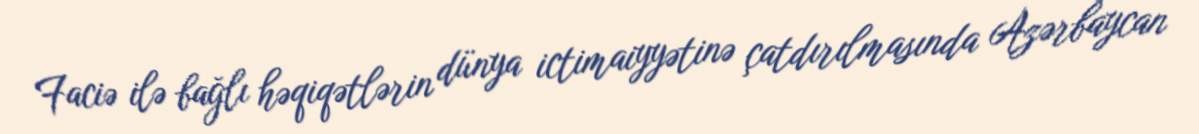
Faciə ilə bağlı həqiqətlərin dünya ictimaiyyətinə çatdırılmasında Azərbaycan